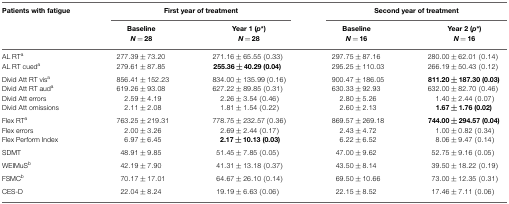
<table><thead><tr><td><b>Patients with fatigue</b></td><td colspan="2"><b>First year of treatment</b></td><td colspan="2"><b>Second year of treatment</b></td></tr><tr><td></td><td><b>Baseline <i>N</i> = 28</b></td><td><b>Year 1 (<i>p</i>*) <i>N</i> = 28</b></td><td><b>Baseline <i>N</i> = 16</b></td><td><b>Year 2 (<i>p</i>*) <i>N</i> = 16</b></td></tr></thead><tbody><tr><td>AL RT<sup>a</sup></td><td>277.39±73.20</td><td>271.16±65.55 (0.33)</td><td>297.75±87.16</td><td>280.00±62.01 (0.14)</td></tr><tr><td>AL RT cued<sup>a</sup></td><td>279.61±87.85</td><td><b>255.36 <b><i>±</i></b> 40.29 (0.04)</b></td><td>295.25±110.03</td><td>266.19±50.43 (0.12)</td></tr><tr><td>Divid Att RT vis<sup>a</sup></td><td>856.41±152.23</td><td>834.00±135.99 (0.16)</td><td>900.47±186.05</td><td><b>811.20 <b><i>±</i></b> 187.30 (0.03)</b></td></tr><tr><td>Divid Att RT aud<sup>a</sup></td><td>619.26±93.08</td><td>627.22±89.85 (0.31)</td><td>630.33±92.93</td><td>632.00±82.70 (0.46)</td></tr><tr><td>Divid Att errors</td><td>2.59±4.19</td><td>2.26±3.54 (0.46)</td><td>2.80±5.26</td><td>1.40±2.44 (0.07)</td></tr><tr><td>Divid Att omissions</td><td>2.11±2.08</td><td>1.81±1.54 (0.22)</td><td>2.60±2.13</td><td><b>1.67 <b><i>±</i></b> 1.76 (0.02)</b></td></tr><tr><td>Flex RT<sup>a</sup></td><td>763.25±219.31</td><td>778.75±232.57 (0.36)</td><td>869.57±269.18</td><td><b>744.00 <b><i>±</i></b> 294.57 (0.04)</b></td></tr><tr><td>Flex errors</td><td>2.00±3.26</td><td>2.69±2.44 (0.17)</td><td>2.43±4.72</td><td>1.00±0.82 (0.34)</td></tr><tr><td>Flex Perform Index</td><td>6.97±6.45</td><td><b>2.17 <b><i>±</i></b> 10.13 (0.03)</b></td><td>6.22±6.52</td><td>8.06±9.47 (0.14)</td></tr><tr><td>SDMT</td><td>48.91±9.85</td><td>51.45±7.85 (0.05)</td><td>47.00±9.62</td><td>52.75±9.16 (0.05)</td></tr><tr><td>WEIMuS<sup>b</sup></td><td>42.19±7.90</td><td>41.31±13.18 (0.37)</td><td>43.50±8.14</td><td>39.50±18.22 (0.19)</td></tr><tr><td>FSMC<sup>b</sup></td><td>70.17±17.01</td><td>64.67±26.10 (0.14)</td><td>69.50±10.66</td><td>73.00±12.35 (0.31)</td></tr><tr><td>CES-D</td><td>22.04±8.24</td><td>19.19±6.63 (0.06)</td><td>22.15±8.52</td><td>17.46±7.11 (0.06)</td></tr></tbody></table>